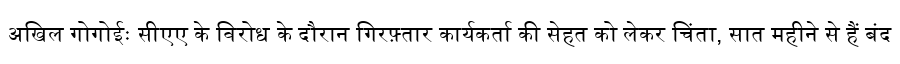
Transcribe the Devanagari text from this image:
अखिल गोगोईः सीएए के विरोध के दौरान गिरफ़्तार कार्यकर्ता की सेहत को लेकर चिंता, सात महीने से हैं बंद